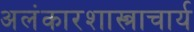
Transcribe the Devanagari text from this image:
अलंकारशास्त्राचार्य